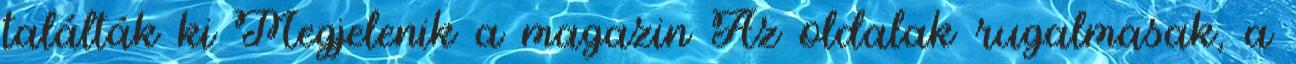
találták ki Megjelenik a magazin Az oldalak rugalmasak, a